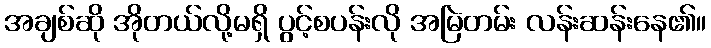
အချစ်ဆို အိုတယ်လို့မရှိ ပွင့်စပန်းလို အမြဲတမ်း လန်းဆန်းနေ၏။